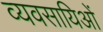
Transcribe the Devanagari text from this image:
व्यवसायिओं